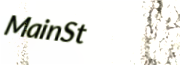
MainSt